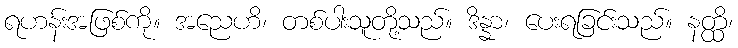
ရဟန်းအဖြစ်ကို။ အညေဟိ၊ တစ်ပါးသူတို့သည်။ ဒိန္နာ၊ ပေးရခြင်းသည်။ နတ္ထိ၊